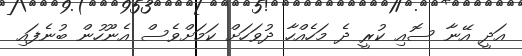
އަދީ އޭނާ ސޮއި ކުރީ ދެ މަހެއްހާ ދުވަހަށް ކަަމަށްވެސް އެނޫހުން ބުނެފައި